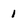
Character: 1